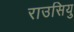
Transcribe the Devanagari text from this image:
राउसियु